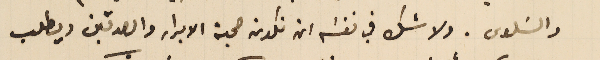
والسَلوى. ولا شك في نفسَه ان تكون صحبة الابرار والصدقين ويطلب